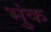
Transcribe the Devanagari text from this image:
भुंक